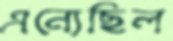
এন্যেছিল